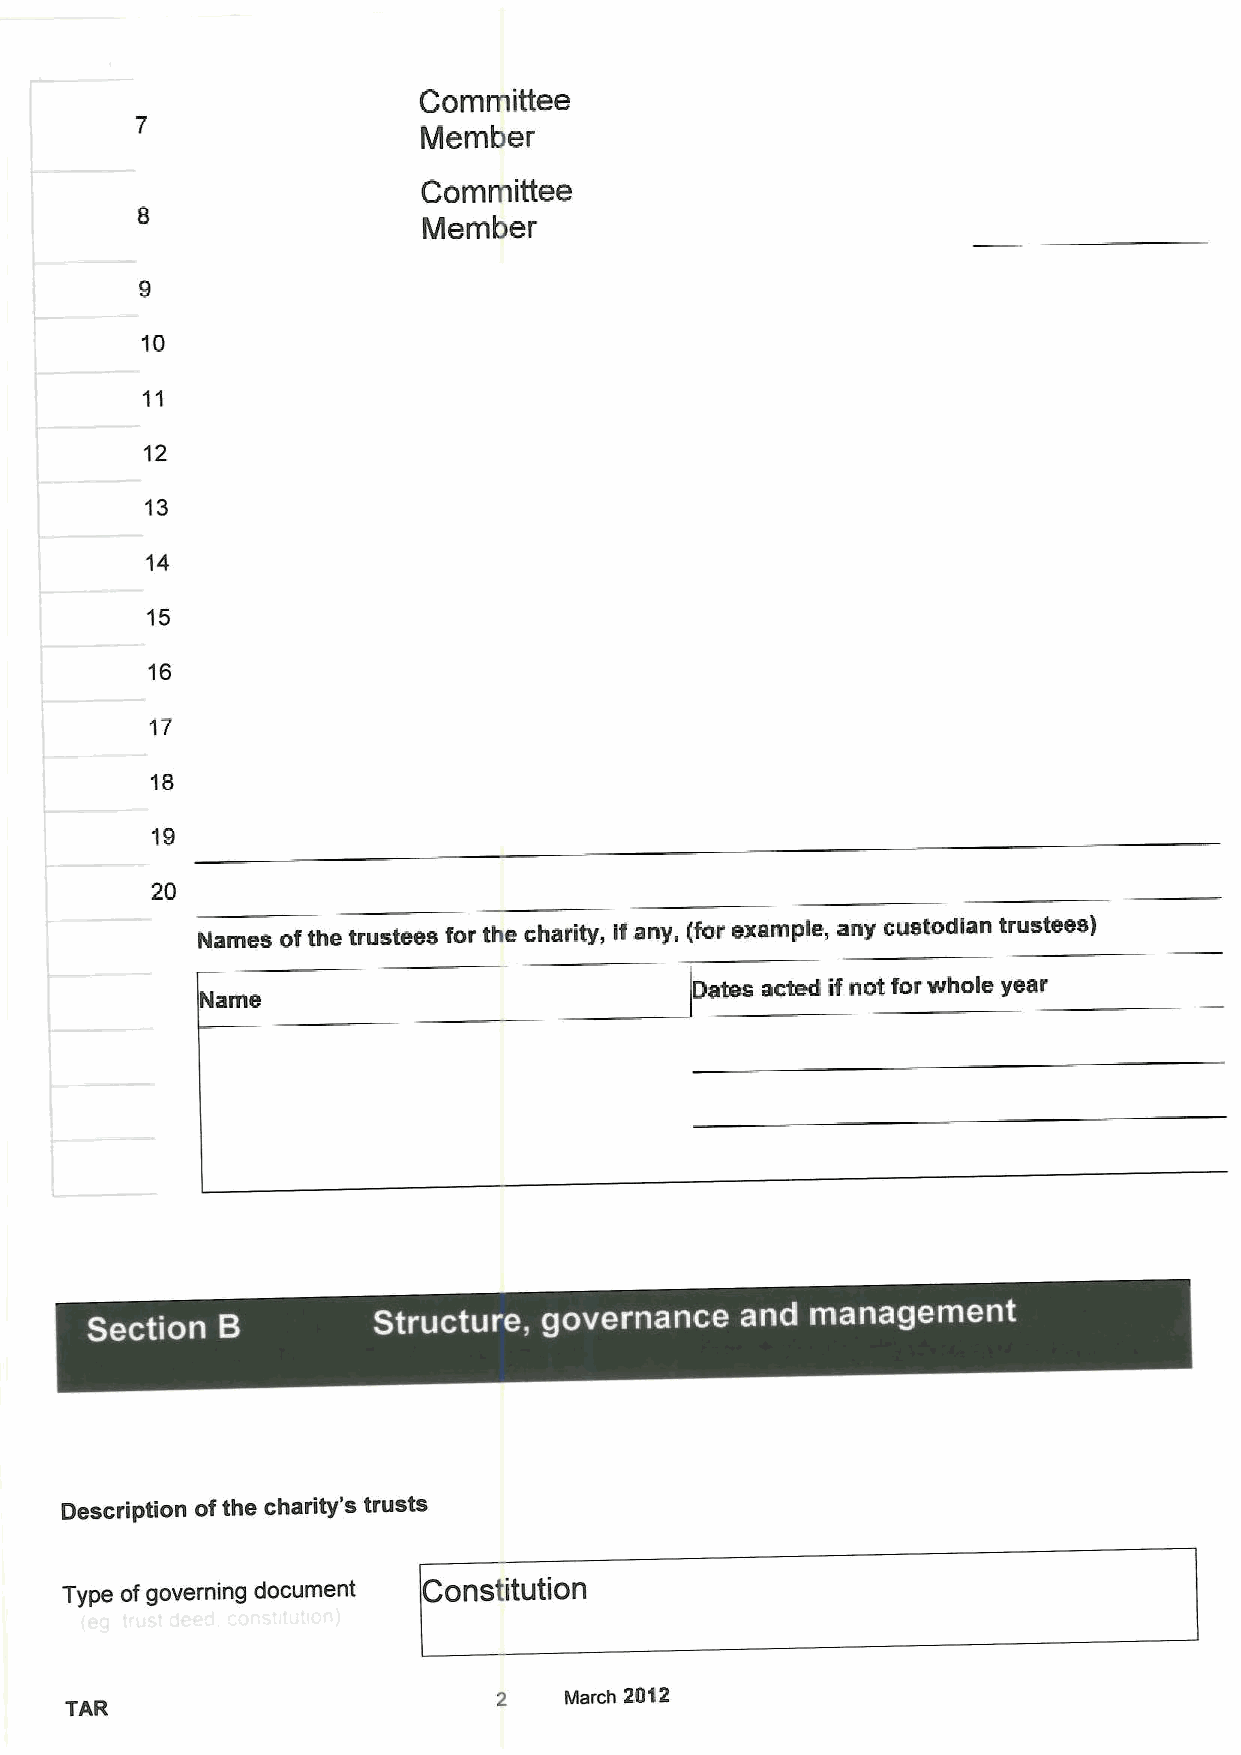
Committee
 Member
 Committee
 Member
 10
 12
 13
 14
 15
 17
 18
 19
 20
 Names of the trustees for the charity, ifany, (for example, any custodian trustees)
 Dates acted if not for whole year
 arne
 s                    ~ ~
 ~
 Description ofthe charity's trusts
 Type ofgoverning document Constitution
 2   March 2012
 TAR